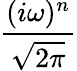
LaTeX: \frac{(i\omega)^{n}}{\sqrt{2\pi}}